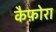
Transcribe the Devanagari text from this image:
कैफ़ोरा